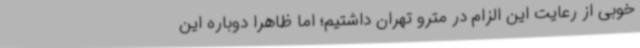
خوبی از رعایت این الزام در مترو تهران داشتیم؛ اما ظاهرا دوباره این